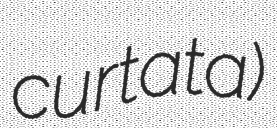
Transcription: curtata)